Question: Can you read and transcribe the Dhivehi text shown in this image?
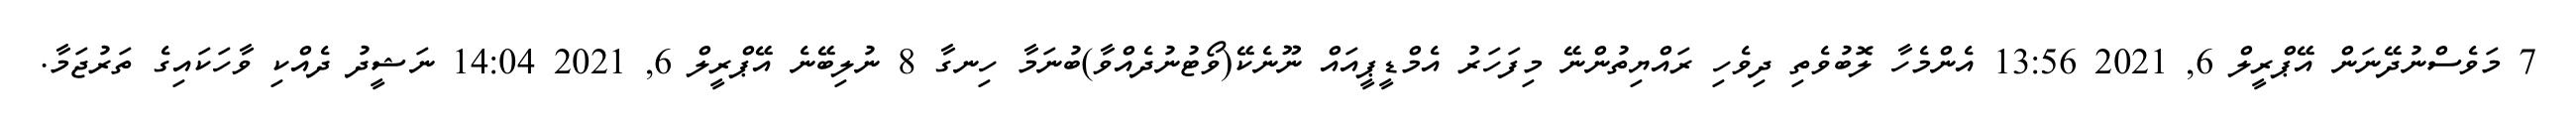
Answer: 7 މަވެސްނުދޭނަން އޭޕްރީލް 6, 2021 13:56 އެންމެހާ ލޮބުވެތި ދިވެހި ރައްޔިތުންނޭ މިފަހަރު އެމްޑީޕީއައް ނޫނެކޭ(ވޯޓުނުދެއްވާ)ބުނަމާ ހިނގާ 8 ނުލިބޭނެ އޭޕްރީލް 6, 2021 14:04 ނަޝީދު ދެއްކި ވާހަކައިގެ ތަރުޖަމާ.